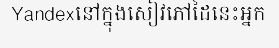
Yandexនៅក្នុងសៀវភៅដៃនេះអ្នក